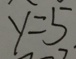
y = 5